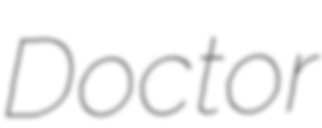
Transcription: Doctor